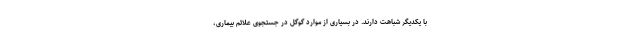
با یکدیگر شباهت دارند. در بسیاری از موارد گوگل در جستجوی علائم بیماری،